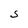
Character: S